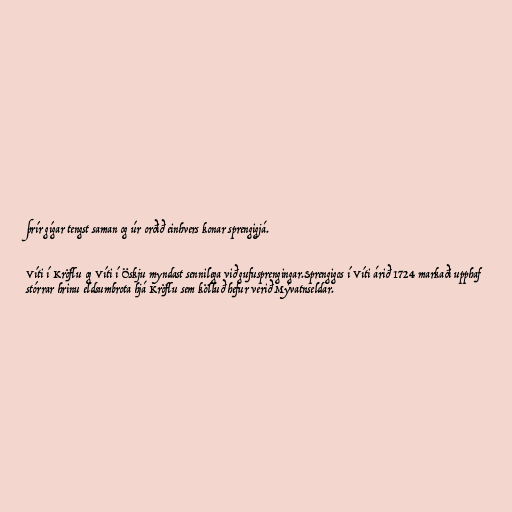
þrír gígar tengst saman og úr orðið einhvers konar sprengigjá.

Víti í Kröflu og Víti í Öskju myndast sennilega við gufusprengingar.Sprengigos í Víti árið 1724 markaði upphaf
stórrar hrinu eldsumbrota hjá Kröflu sem kölluð hefur verið Mývatnseldar.